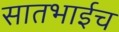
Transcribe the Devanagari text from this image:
सातभाईच